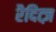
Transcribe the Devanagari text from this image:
रैदित्ज़